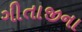
ગીતાજીના